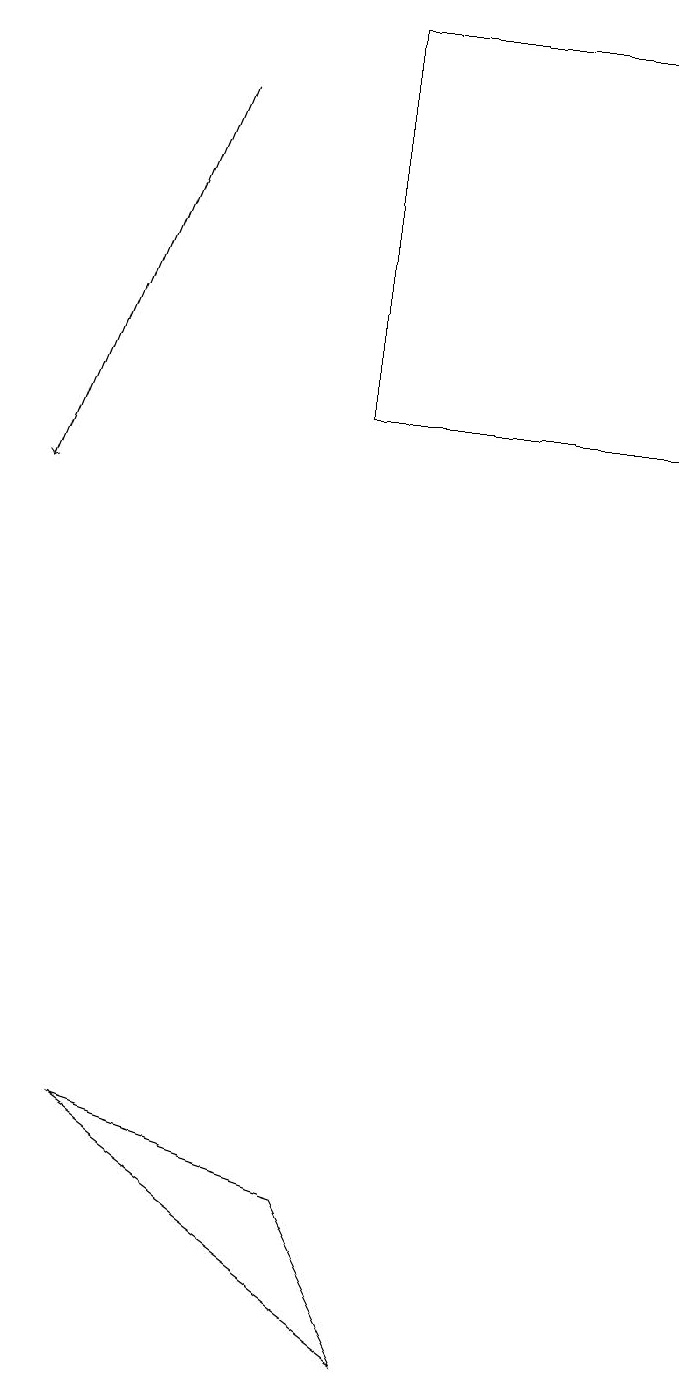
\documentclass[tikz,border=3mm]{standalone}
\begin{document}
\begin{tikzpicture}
\draw (2,5) -- (6,2) -- (5,4) -- cycle;
\draw (9,19) rectangle (5,14);
\draw[->] (3,18) -- (1,13);
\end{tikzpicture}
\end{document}